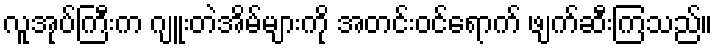
လူအုပ်ကြီးက ဂျူးတဲအိမ်များကို အတင်းဝင်ရောက် ဖျက်ဆီးကြသည်။